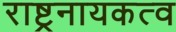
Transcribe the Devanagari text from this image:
राष्ट्रनायकत्व